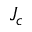
J _ { c }